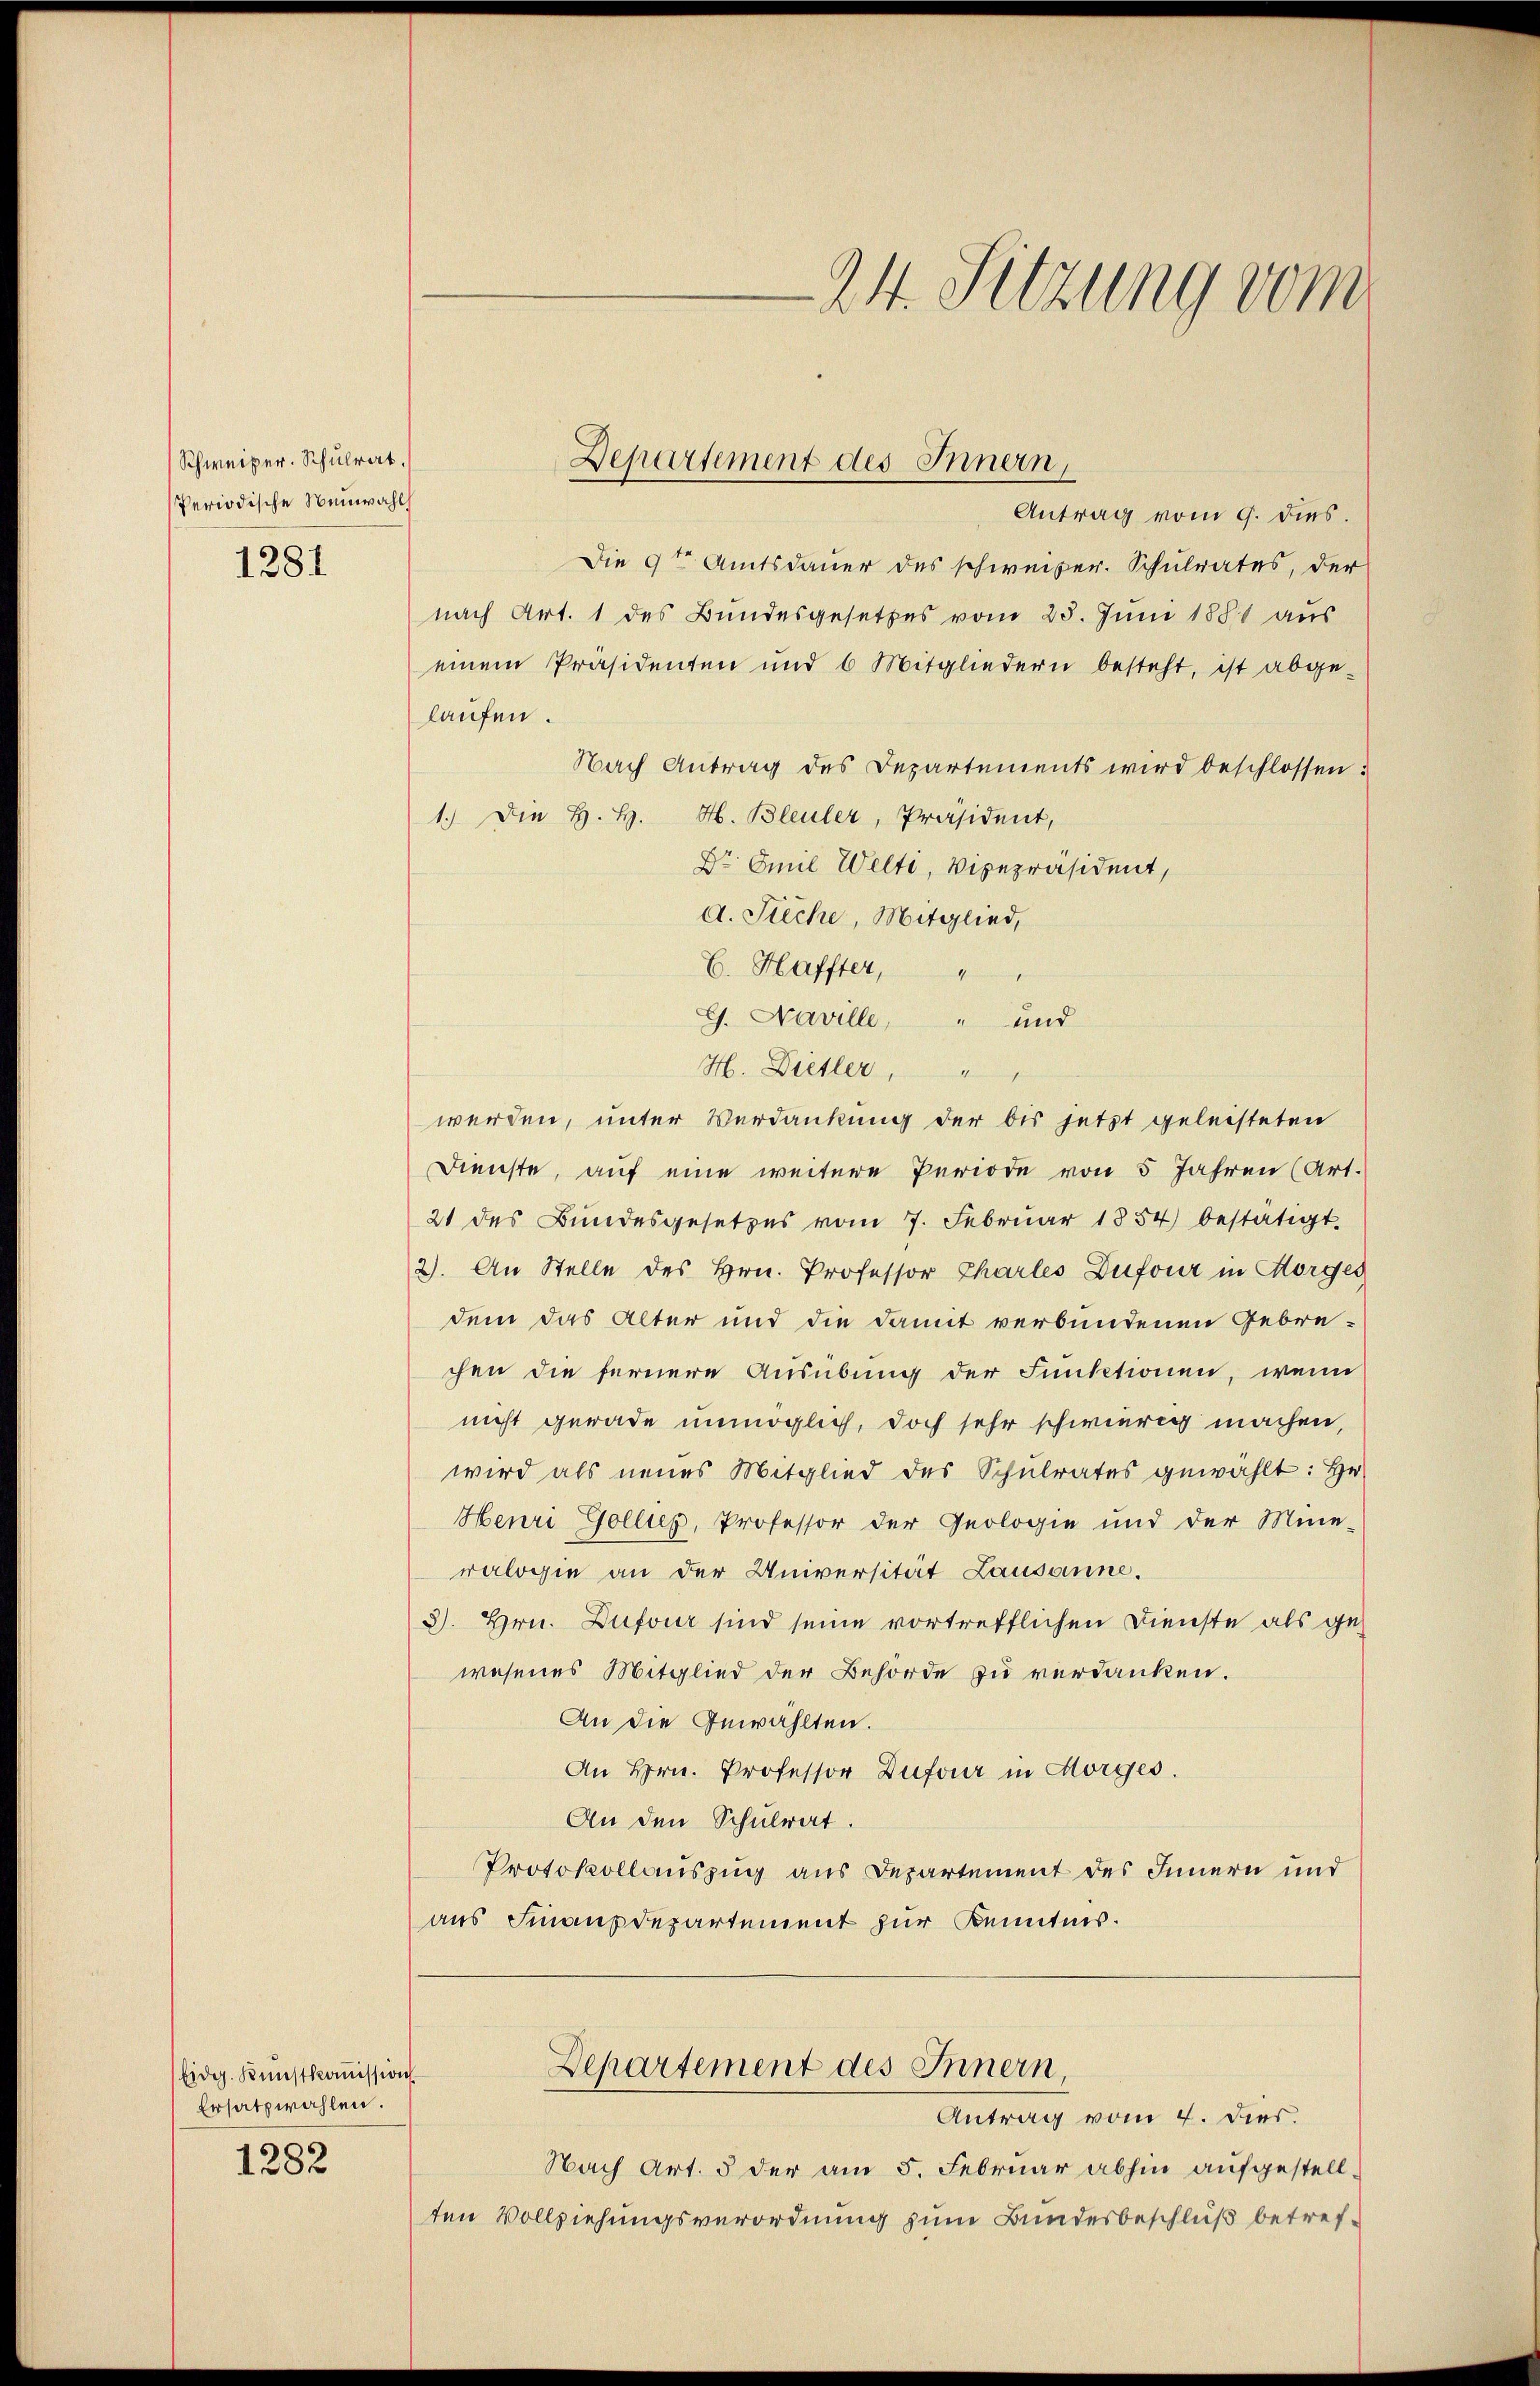
Schweizer. Schulrat.
Periodische Neuwahl

1281

bidg. Kŭnstkoṁission
Ersatzwahlen.
1282

Antrag vom 9. dies
Die 9ten Amtsdauer des schweizer. Schulrates, der
nach Art. 1 des Bundesgesetzes vom 23. Juni 1881 aus
einem Präsidenten und 6 Mitgliedern besteht, ist abge-
laufen.
Nach Antrag des Departements wird beschlossen:
1.) Die H. H. H. Bleuler, Präsident,
Dr Emil Welti, Vizepräsident,
d. Sieche, Mitglied,
E. Haffter, " "
G. Naville, " und
H. Dietler,
werden, unter Verdankung der bis jetzt geleisteten
Dienste, auf eine weitere Periode von 5 Jahren (Art.
21 des Bundesgesetzes vom 7. Febrŭar 1854 bestätigt.
2). An Stelle des Hrn. Professor Charles Dufour in Horges
dem das Alter und die damit verbundenen Gebre-
chen die fernere Ausübung der Funktionen, wenn
nicht gerade unmöglich, doch sehr schwierig machen,
wird als neues Mitglied des Schulrates gewählt: Hr.
Henri Gollis, Professor der Geologie und der Mine-
ralogie an der Universität Lausanne.
3). Hrn. Dufour sind seine vortrefflichen Dienste als gewesenes Mitglied der Behörde zu verdanken.
An die Gewählten.
An Hrn. Professor Dufour in Morges.
An den Schulrat
Protokollauszug aus Departement des Innern und
aus Finanzdepartement zur Kenntnis.

Departement des Innern,

Antrag vom 4. dies.
Nach Art. 5 der am 5. Februar abhin aufgestellten Vollziehungsverordnung zum Bundesbeschluß betref¬

24. Sitzung vom

Departement des Innern,